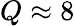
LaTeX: Q\approx 8